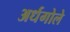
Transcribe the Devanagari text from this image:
अर्धगोले